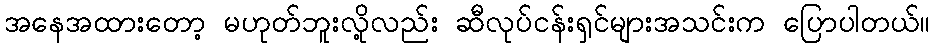
အနေအထားတော့ မဟုတ်ဘူးလို့လည်း ဆီလုပ်ငန်းရှင်များအသင်းက ပြောပါတယ်။